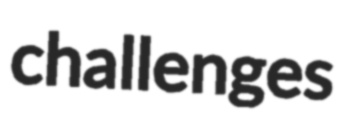
challenges